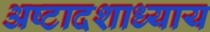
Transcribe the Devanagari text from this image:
अष्टादशाध्याय